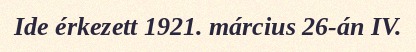
Ide érkezett 1921. március 26-án IV.